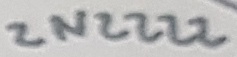
Text: 2N2222